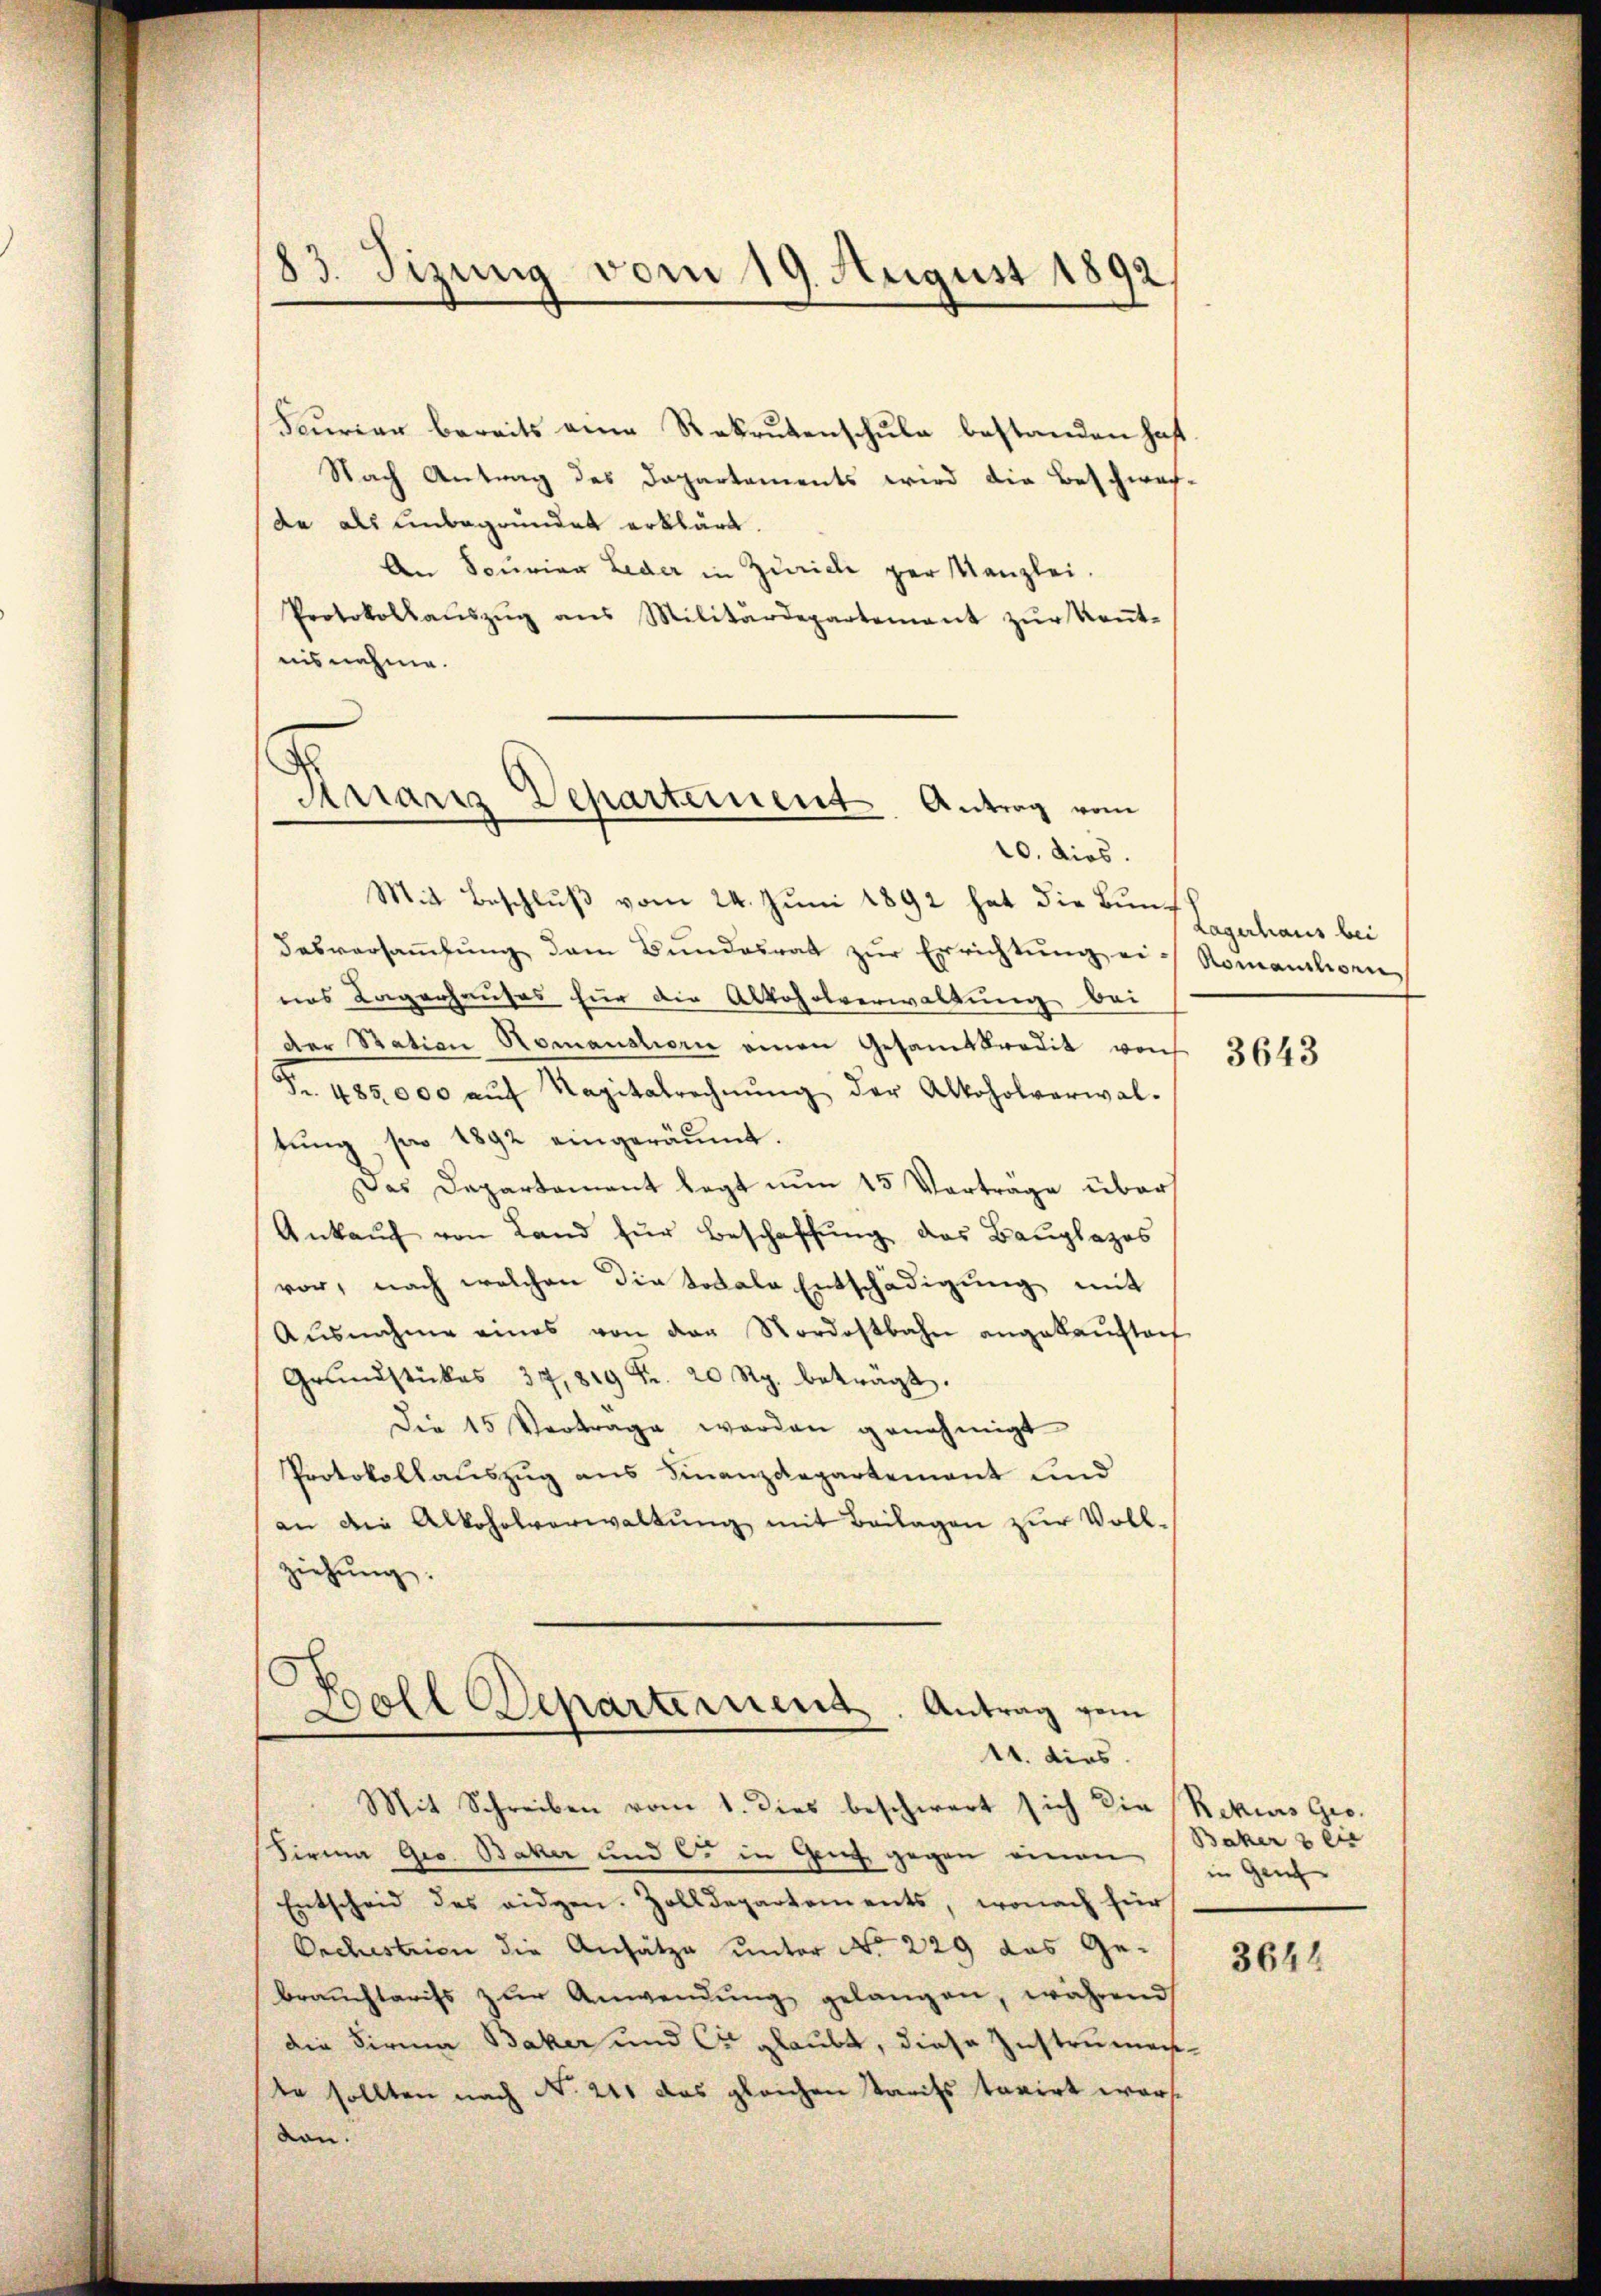
83. Sizung vom 19. August 1892.

Feurier bereits eine Rekrutenschule bestanden haft.
Nach Antrag des Dapartements wird die Beschwefde als unbegründet erklärt.
An Sourier Leder in Zuricle per Kanzlei.
Protokollaŭszŭg ans Militärdepartement zŭr Keṅt-
nisnahme.
10. dies
Mit Beschluß vom 24. Juni 1892 hat die Bundesversaṁlŭng dem Bundesrat zur Errichtung ei-Romanilien,
nes Lagerhauses für die Alkoholverwaltung bei
der Station Nomanationi einen Gesamtkredit von
Fr. 485 000 aŭf Kapitalrechnŭng der Alkoholverwal-
tŭng pro 1892 eingeräumt.
Das Departement legt nun 15 Vorträge über
Ankauf von Land für Beschaffung des Bauplazos
vor, nach welchen die totale Entschädigung mit
Aŭsnahme eines von der Nordostbahn angekaŭftof
Grŭndstückes 37819 Fr. 20 Rp. beträgt.
Die 15 Vertrage werden genehmigt
Protokollauszug aus Finanzdepartement und
an die Alkoholverwaltung mit Beilagen zur Vollziehung.
o
voll Departement. Antrag gem
.
A
11. dies
Mit Schreiben vom 1. dies beschwert sich die Rekurs Gro¬
Firma Ges. Baker und C. in Genf gegen einen Baher seie
Entscheid des eidgen. Zolldepartements, wonach für
Orchestrien die Ansätze unter No 229 das Gebraŭchtarifs zŭr Anwendŭng gelangen, während
die Firma Baker und C. glaubt, diese Instrumen-
te sollten nach No. 211 das gleichen Tarifs taxirt warsvon.

Krian Departement. Antrag vom
e

Lagerhaus bei

3643

in Gen

3644